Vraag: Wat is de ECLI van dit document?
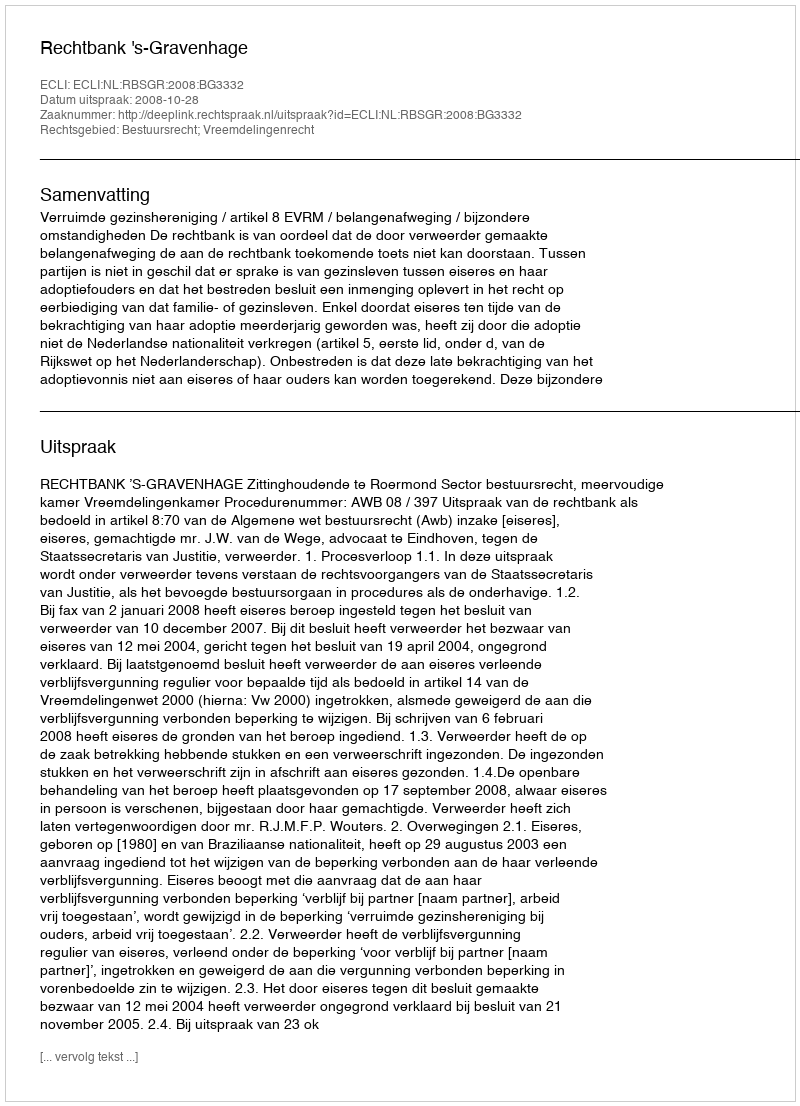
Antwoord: ECLI:NL:RBSGR:2008:BG3332